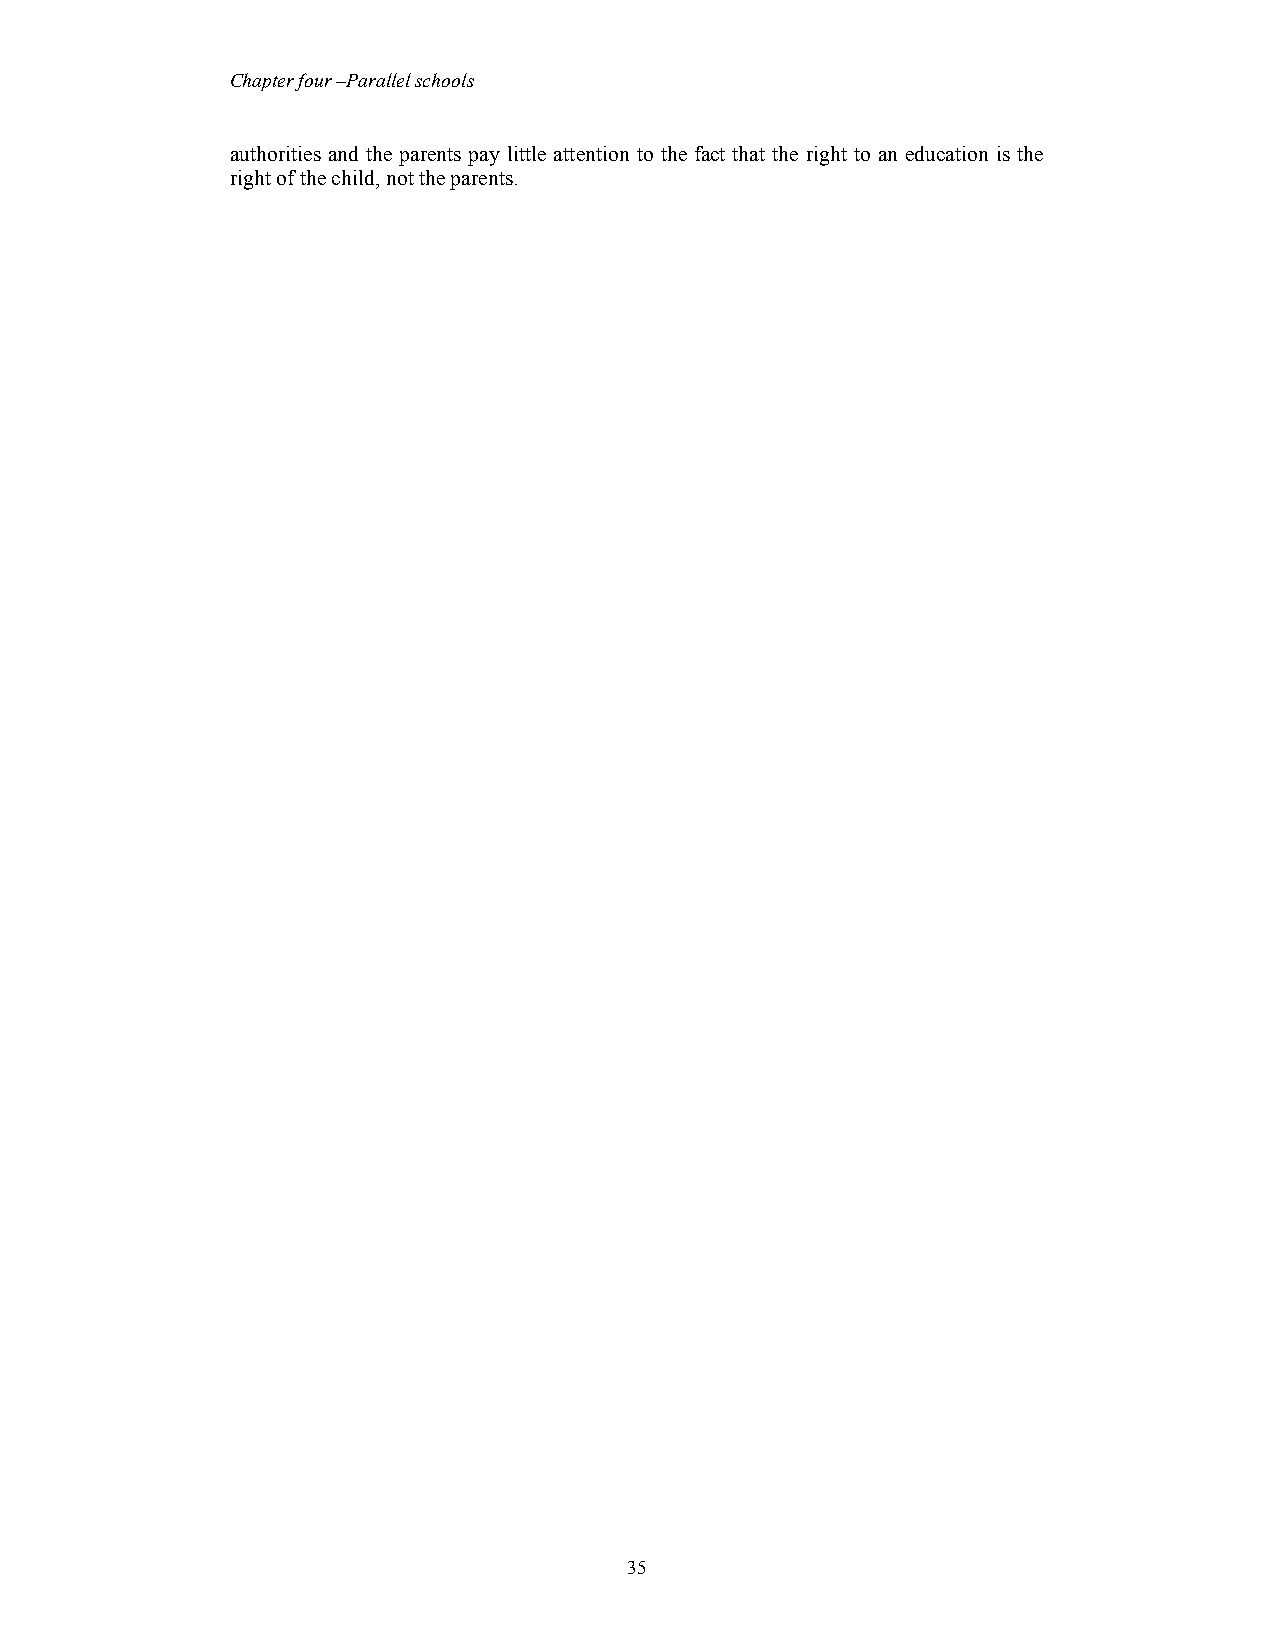
Chapter four –Parallel schools
 authorities and the parents pay little attention to the fact that the right to an education is the
 right of the child, not the parents.
 35